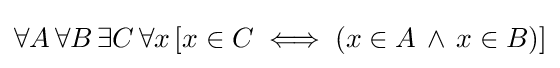
\forall A\,\forall B\,\exists C\,\forall x\,[x\in C\iff (x\in A\,\land \,x\in B)]